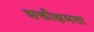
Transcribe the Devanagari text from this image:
शक्तीक्षमता